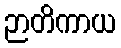
ဉာတိကာယ